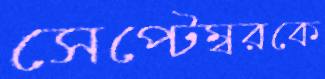
সেপ্টেম্বরকে